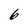
Character: 6